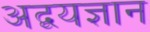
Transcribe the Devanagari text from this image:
अद्वयज्ञान